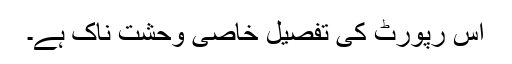
اس رپورٹ کی تفصیل خاصی وحشت ناک ہے۔